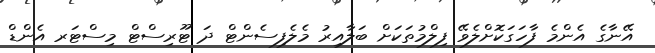
އޭނާގެ އެންމެ ފާހަގަކޮށްލެވޭ ފިލްމުތަކަށް ބަލާއިރު މެލެފިސެންޓް ދަ ޓޫރިސްޓް މިސްޓަރ އެންޑް